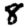
Digit: 8